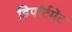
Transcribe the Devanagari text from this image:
डिपॉर्टमेंट